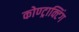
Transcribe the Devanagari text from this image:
कोण्ट्राक्टिंग